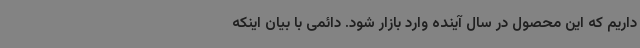
داریم که این محصول در سال آینده وارد بازار شود. دائمی با بیان اینکه